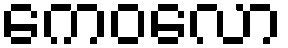
ကေဝလော